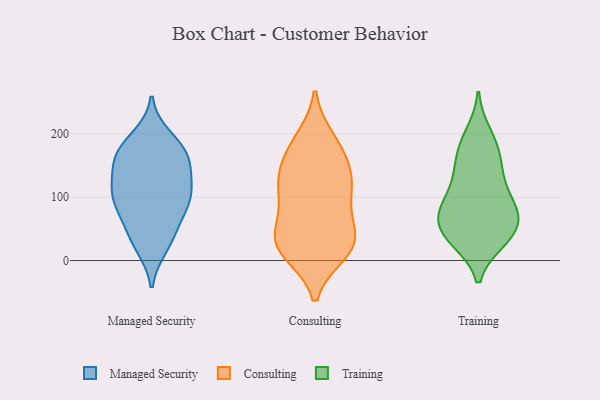
{"axis": {"x": "Active Users", "y": "Value"}, "legend": ["Consulting", "Managed Security", "Training"], "data": [{"x": "", "y": 97, "type": "Managed Security"}, {"x": "", "y": 42, "type": "Managed Security"}, {"x": "", "y": 34, "type": "Managed Security"}, {"x": "", "y": 167, "type": "Managed Security"}, {"x": "", "y": 92, "type": "Managed Security"}, {"x": "", "y": 156, "type": "Managed Security"}, {"x": "", "y": 105, "type": "Managed Security"}, {"x": "", "y": 74, "type": "Managed Security"}, {"x": "", "y": 172, "type": "Managed Security"}, {"x": "", "y": 93, "type": "Managed Security"}, {"x": "", "y": 177, "type": "Managed Security"}, {"x": "", "y": 23, "type": "Managed Security"}, {"x": "", "y": 194, "type": "Managed Security"}, {"x": "", "y": 125, "type": "Managed Security"}, {"x": "", "y": 154, "type": "Managed Security"}, {"x": "", "y": 121, "type": "Managed Security"}, {"x": "", "y": 191, "type": "Consulting"}, {"x": "", "y": 18, "type": "Consulting"}, {"x": "", "y": 34, "type": "Consulting"}, {"x": "", "y": 136, "type": "Consulting"}, {"x": "", "y": 112, "type": "Consulting"}, {"x": "", "y": 169, "type": "Consulting"}, {"x": "", "y": 33, "type": "Consulting"}, {"x": "", "y": 114, "type": "Consulting"}, {"x": "", "y": 14, "type": "Consulting"}, {"x": "", "y": 14, "type": "Consulting"}, {"x": "", "y": 11, "type": "Consulting"}, {"x": "", "y": 193, "type": "Consulting"}, {"x": "", "y": 71, "type": "Consulting"}, {"x": "", "y": 96, "type": "Consulting"}, {"x": "", "y": 161, "type": "Consulting"}, {"x": "", "y": 137, "type": "Consulting"}, {"x": "", "y": 53, "type": "Consulting"}, {"x": "", "y": 121, "type": "Consulting"}, {"x": "", "y": 47, "type": "Consulting"}, {"x": "", "y": 200, "type": "Training"}, {"x": "", "y": 76, "type": "Training"}, {"x": "", "y": 34, "type": "Training"}, {"x": "", "y": 32, "type": "Training"}, {"x": "", "y": 73, "type": "Training"}, {"x": "", "y": 183, "type": "Training"}, {"x": "", "y": 149, "type": "Training"}, {"x": "", "y": 78, "type": "Training"}, {"x": "", "y": 47, "type": "Training"}, {"x": "", "y": 85, "type": "Training"}, {"x": "", "y": 78, "type": "Training"}, {"x": "", "y": 39, "type": "Training"}, {"x": "", "y": 100, "type": "Training"}, {"x": "", "y": 137, "type": "Training"}, {"x": "", "y": 175, "type": "Training"}, {"x": "", "y": 133, "type": "Training"}, {"x": "", "y": 39, "type": "Training"}]}